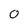
Character: O